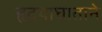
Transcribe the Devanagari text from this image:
हृदयाघाताने